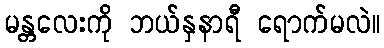
မန္တလေးကို ဘယ်နှနာရီ ရောက်မလဲ။